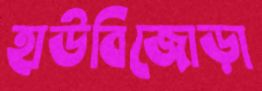
হাউবিজোড়া